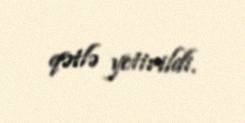
qətlə yetirildi.